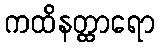
ကထိနတ္ထာရော